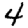
Digit: 4